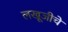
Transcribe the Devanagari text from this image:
लखूजीचे